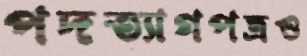
পদত্যাগপত্রও